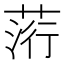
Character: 䓷